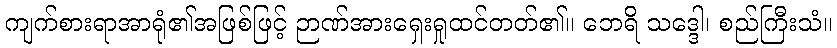
ကျက်စားရာအာရုံ၏အဖြစ်ဖြင့် ဉာဏ်အားရှေးရှုထင်တတ်၏။ ဘေရိ သဒ္ဒေါ၊ စည်ကြီးသံ။